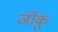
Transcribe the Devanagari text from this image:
जोकु